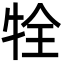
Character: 牷